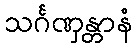
သင်္ဂဏှန္တာနံ